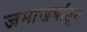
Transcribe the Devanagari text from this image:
जमाखर्चातून